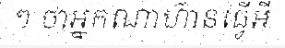
ៗ ថាអ្នកណាហ៊ានធ្វើអី